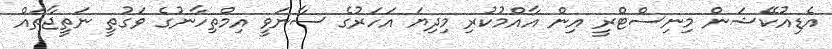
އެޑިއުކޭޝަން މިނިސްޓްރީ އިން އާއްމުކުރި މިދިޔަ އަހަރުގެ ސާނަވީ އިމްތިހާނުގެ ވަގުތީ ނަތީޖާތައް